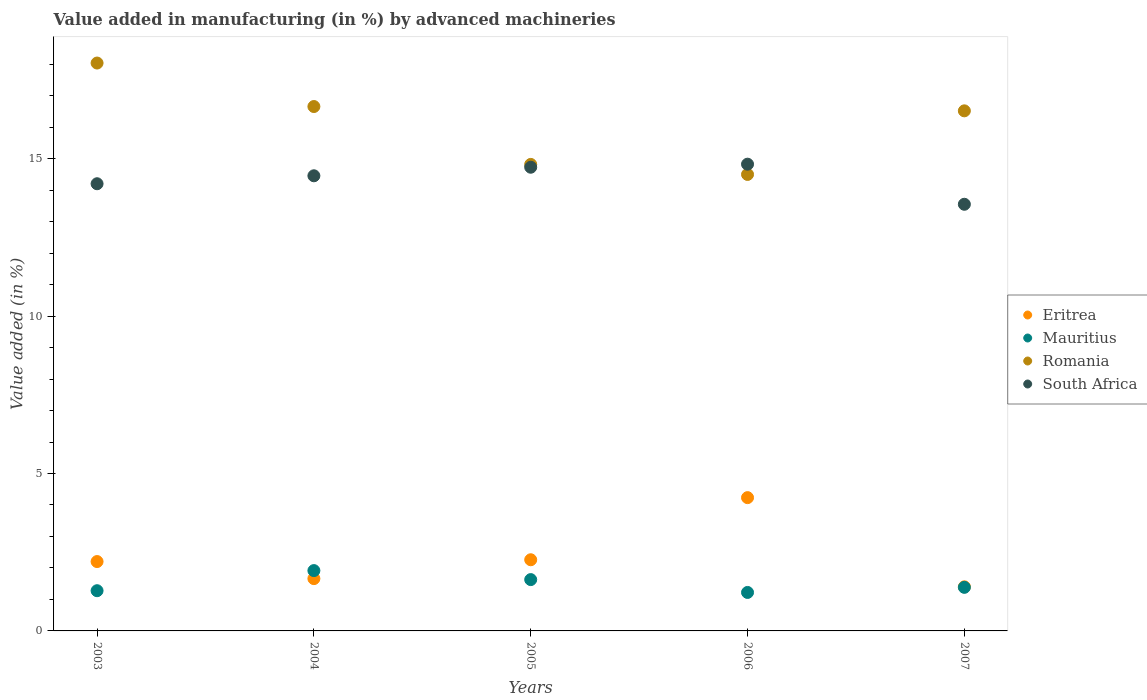
| Years | Eritrea | Mauritius | Romania | South Africa |
 | --- | --- | --- | --- | --- |
 | 2003 | 2.2 | 1.28 | 18 | 14.2 |
 | 2004 | 1.66 | 1.92 | 16.7 | 14.5 |
 | 2005 | 2.26 | 1.63 | 14.8 | 14.7 |
 | 2006 | 4.23 | 1.22 | 14.5 | 14.8 |
 | 2007 | 1.4 | 1.38 | 16.5 | 13.6 |